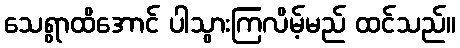
သေရွာထိအောင် ပါသွားကြလိမ့်မည် ထင်သည်။